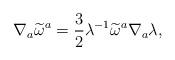
LaTeX: \begin{align*}\nabla _{a}\widetilde{\omega }^{a}=\frac{3}{2}\lambda ^{-1}\widetilde{\omega }^{a}\nabla _{a}\lambda , \end{align*}